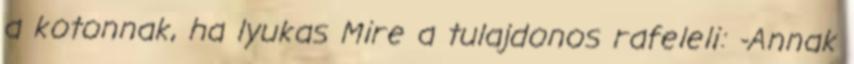
a kotonnak, ha lyukas Mire a tulajdonos rafeleli: -Annak